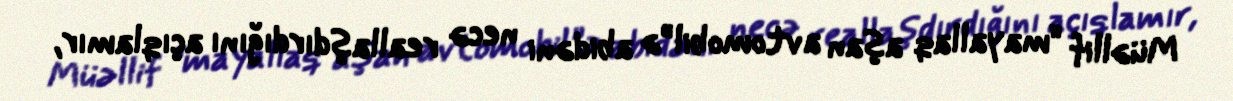
Müəllif “mayallaq aşan avtomobil”ə abidəni necə reallaşdırdığını açıqlamır,